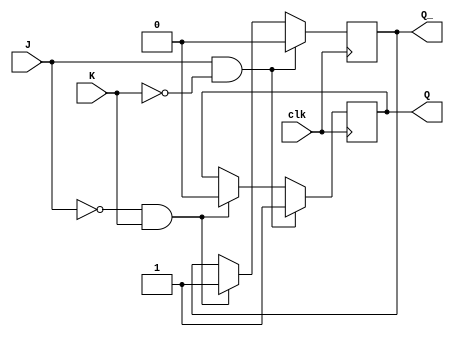
module JK_latch (
  input J,
  input K,
  input clk,
  output reg Q,
  output reg Q_
);

always @(posedge clk) begin
  if (J && ~K) begin
    Q <= 1'b1;
    Q_ <= 1'b0;
  end
  else if (~J && K) begin
    Q <= 1'b0;
    Q_ <= 1'b1;
  end
  // else if both J and K are high, the latch remains in its current state

end

endmodule